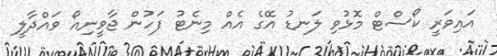
އައިވަރީ ކޯސްޓް މޮޅުވި ލަނޑު އޭގެ އެއް މިނެޓު ފަހުން ޖާވީނިއޯ ވައްދާލީ